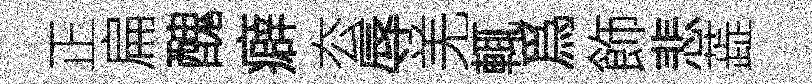
正扁醜癖厺辱羌輒爲飾悲蕋